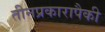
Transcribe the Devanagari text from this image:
तीनप्रकारापैकी